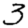
Digit: 3